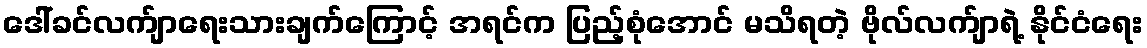
ဒေါ်ခင်လက်ျာရေးသားချက်ကြောင့် အရင်က ပြည့်စုံအောင် မသိရတဲ့ ဗိုလ်လက်ျာရဲ့ နိုင်ငံရေး